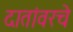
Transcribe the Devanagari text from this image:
दातांवरचे